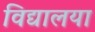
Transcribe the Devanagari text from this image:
विद्यालया